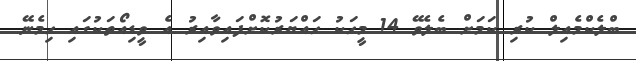
ބްލެކްމެއިލް ކުރި ކަމަށް ބެލެވޭ 14 މީހަކު ހައްޔަރުކޮށްފައިވާއިރު އެ ވީޑިއޯތަކުގައި ހިމެނޭ